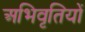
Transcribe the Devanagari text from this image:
अभिवृतियों